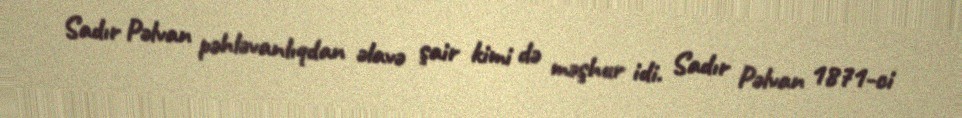
Sadır Pəlvan pəhləvanlıqdan əlavə şair kimi də məşhur idi. Sadır Pəlvan 1871-ci